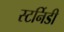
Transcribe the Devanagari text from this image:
स्टर्निडी